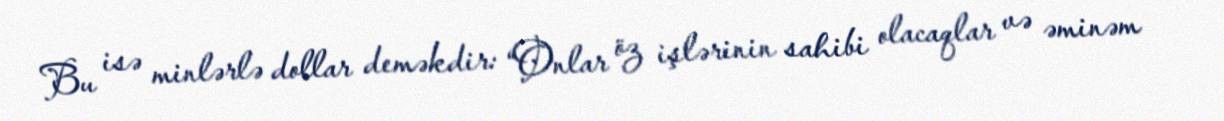
Bu isə minlərlə dollar deməkdir: “Onlar öz işlərinin sahibi olacaqlar və əminəm